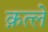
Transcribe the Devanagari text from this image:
क़त्ले